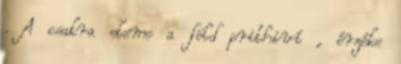
. A csakra eleme a föld prithiví , érzéke